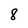
Character: 8